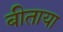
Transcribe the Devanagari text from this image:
बीताया